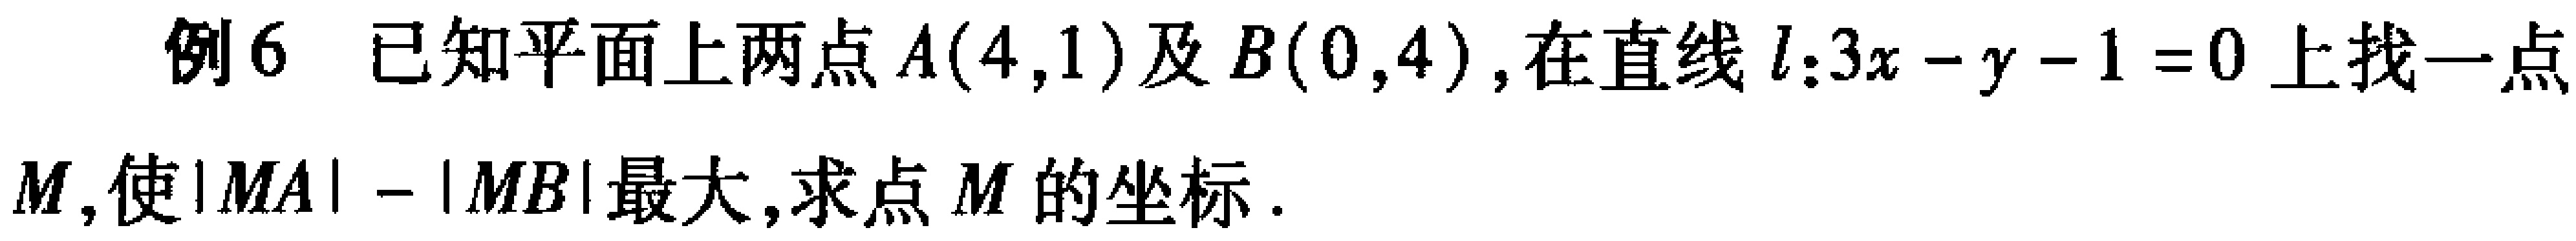
例6 已知平面上两点\(A(4,1)\)及\(B(0,4)\)，在直线\(l:3x - y - 1 = 0\)上找一点\(M\)，使\(\vert MA\vert-\vert MB\vert\)最大，求点\(M\)的坐标.